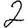
Digit: 2